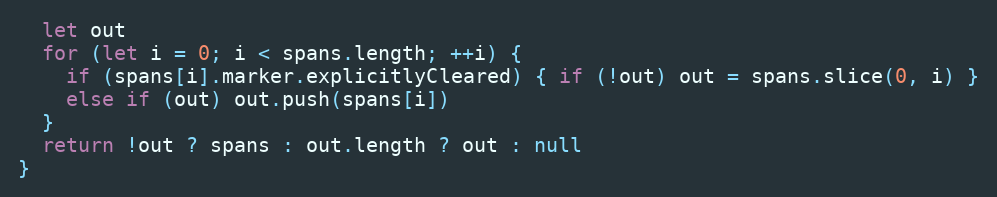
Language: JavaScript
  let out
  for (let i = 0; i < spans.length; ++i) {
    if (spans[i].marker.explicitlyCleared) { if (!out) out = spans.slice(0, i) }
    else if (out) out.push(spans[i])
  }
  return !out ? spans : out.length ? out : null
}